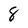
Character: 8